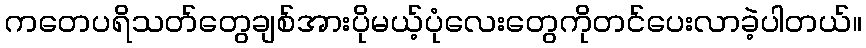
ကတေပရိသတ်တွေချစ်အားပိုမယ့်ပုံလေးတွေကိုတင်ပေးလာခဲ့ပါတယ်။